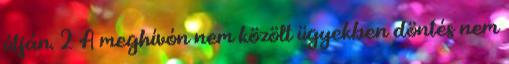
útján. 2 A meghívón nem közölt ügyekben döntés nem